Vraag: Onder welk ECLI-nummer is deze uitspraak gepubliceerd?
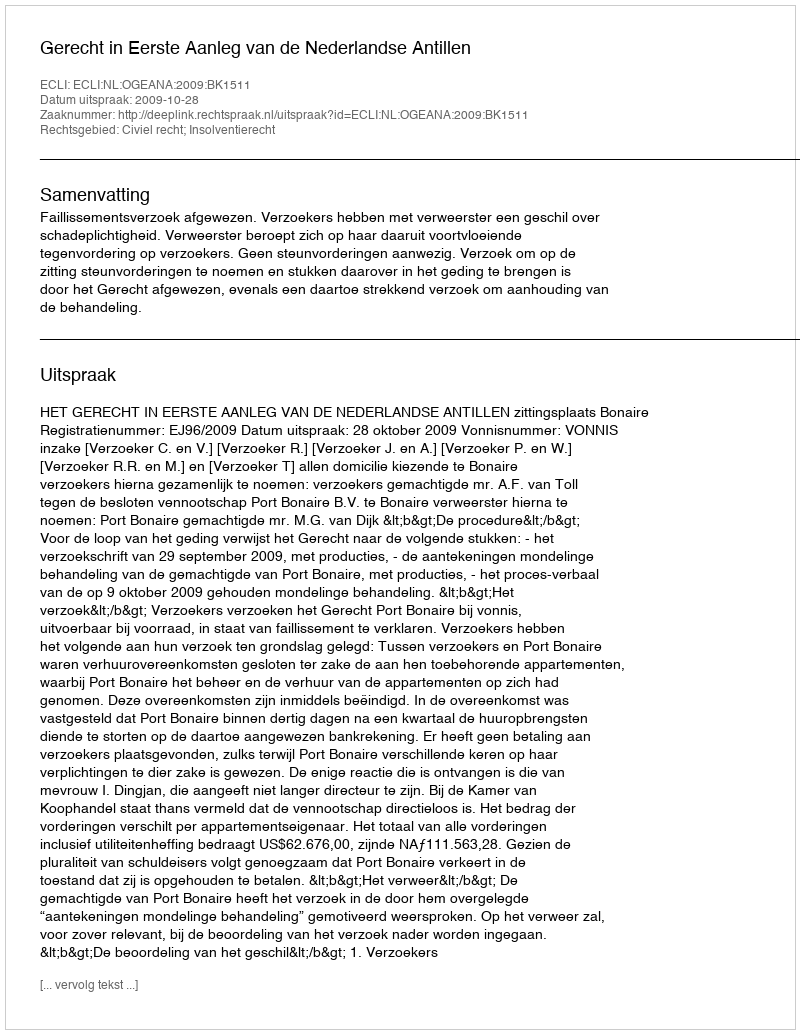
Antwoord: ECLI:NL:OGEANA:2009:BK1511